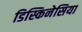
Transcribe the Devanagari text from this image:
डिस्किनेसिया